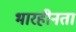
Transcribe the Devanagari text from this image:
भारहीनता